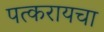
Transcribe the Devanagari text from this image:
पत्करायचा